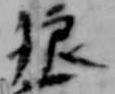
狼